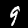
Label: 9